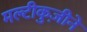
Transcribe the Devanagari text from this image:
मल्टीकुज़ीने